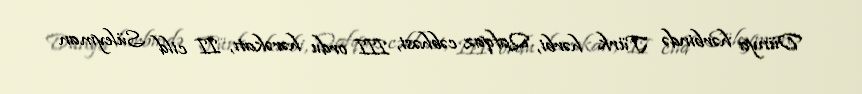
Dünya hərbində Türk hərbi, Qafqaz cəbhəsi, III ordu hərəkatı, II cild Süleyman